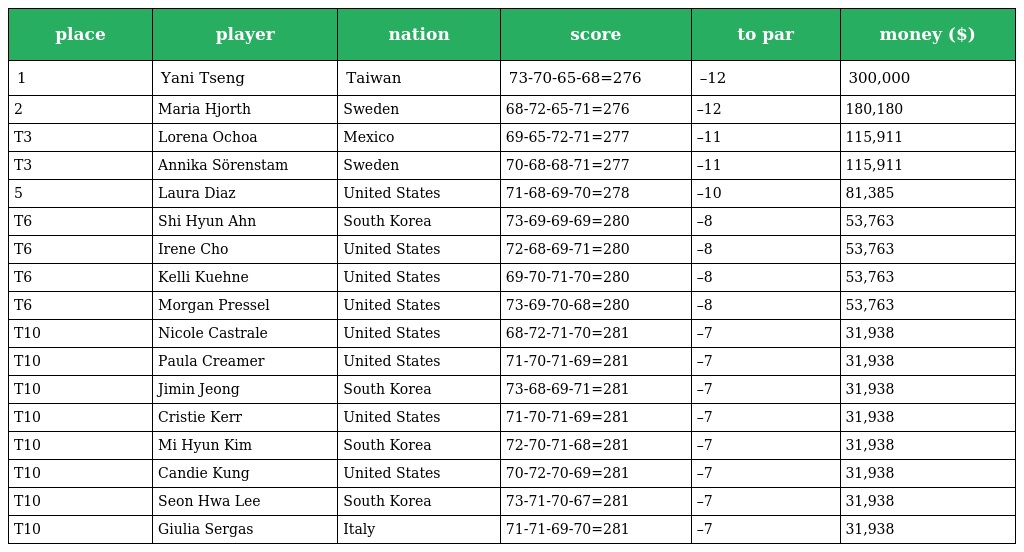
| place | player | nation | score | to par | money ($) |
 | --- | --- | --- | --- | --- | --- |
 | 1 | Yani Tseng | Taiwan | 73-70-65-68=276 | –12 | 300,000 |
 | 2 | Maria Hjorth | Sweden | 68-72-65-71=276 | –12 | 180,180 |
 | T3 | Lorena Ochoa | Mexico | 69-65-72-71=277 | –11 | 115,911 |
 | T3 | Annika Sörenstam | Sweden | 70-68-68-71=277 | –11 | 115,911 |
 | 5 | Laura Diaz | United States | 71-68-69-70=278 | –10 | 81,385 |
 | T6 | Shi Hyun Ahn | South Korea | 73-69-69-69=280 | –8 | 53,763 |
 | T6 | Irene Cho | United States | 72-68-69-71=280 | –8 | 53,763 |
 | T6 | Kelli Kuehne | United States | 69-70-71-70=280 | –8 | 53,763 |
 | T6 | Morgan Pressel | United States | 73-69-70-68=280 | –8 | 53,763 |
 | T10 | Nicole Castrale | United States | 68-72-71-70=281 | –7 | 31,938 |
 | T10 | Paula Creamer | United States | 71-70-71-69=281 | –7 | 31,938 |
 | T10 | Jimin Jeong | South Korea | 73-68-69-71=281 | –7 | 31,938 |
 | T10 | Cristie Kerr | United States | 71-70-71-69=281 | –7 | 31,938 |
 | T10 | Mi Hyun Kim | South Korea | 72-70-71-68=281 | –7 | 31,938 |
 | T10 | Candie Kung | United States | 70-72-70-69=281 | –7 | 31,938 |
 | T10 | Seon Hwa Lee | South Korea | 73-71-70-67=281 | –7 | 31,938 |
 | T10 | Giulia Sergas | Italy | 71-71-69-70=281 | –7 | 31,938 |